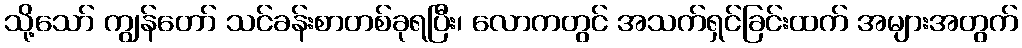
သို့သော် ကျွန်တော် သင်ခန်းစာတစ်ခုရပြီး၊ လောကတွင် အသက်ရှင်ခြင်းထက် အများအတွက်